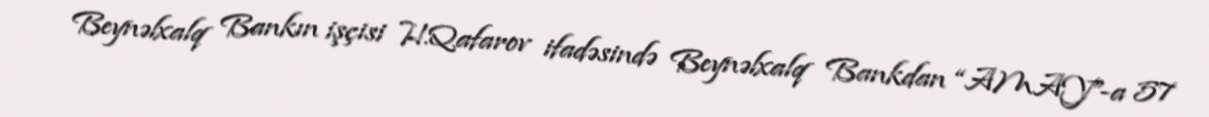
Beynəlxalq Bankın işçisi H.Qafarov ifadəsində Beynəlxalq Bankdan “AMAY”-a 57